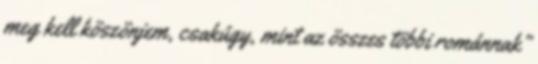
meg kell köszönjem, csakúgy, mint az összes többi románnak”